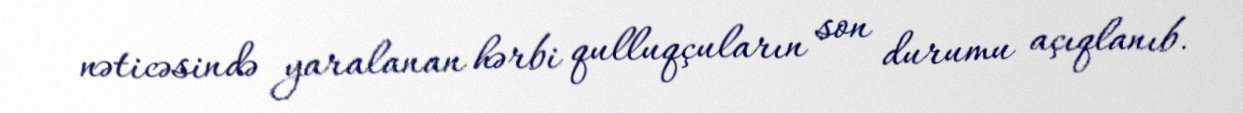
nəticəsində yaralanan hərbi qulluqçuların son durumu açıqlanıb.